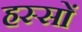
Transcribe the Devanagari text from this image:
हस्सों